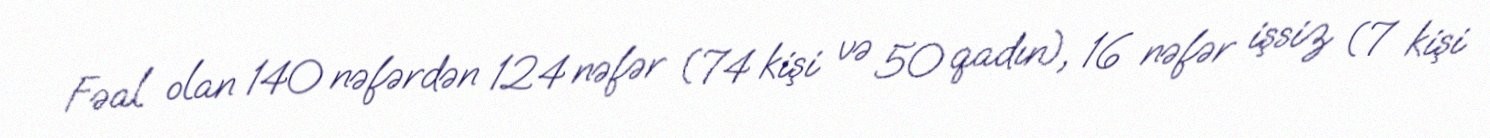
Fəal olan 140 nəfərdən 124 nəfər (74 kişi və 50 qadın), 16 nəfər işsiz (7 kişi